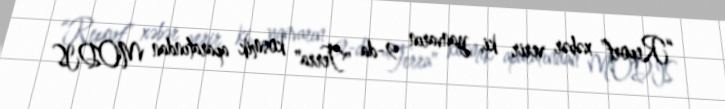
“Report” xəbər verir ki, yanvarın 9-da "Terra" kosmik aparatından MODIS